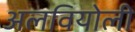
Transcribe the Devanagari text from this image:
अलवियोली